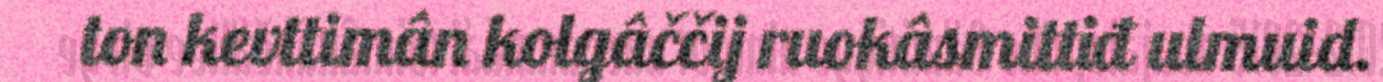
ton kevttimân kolgâččij ruokâsmittiđ ulmuid.